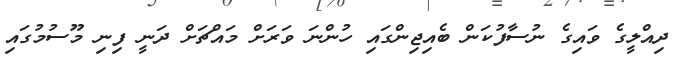
ދިއްލީގެ ވައިގެ ނުސާފުކަން ބެއިޖިންގައި ހުންނަ ވަރަށް މައްޗަށް ދަނީ ފިނި މޫސުމުގައި